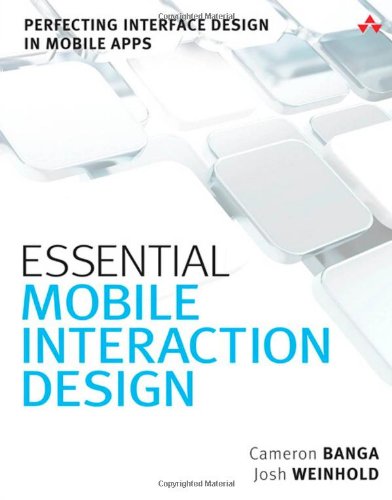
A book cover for Essential Mobile Interaction Design: Perfecting Interface Design in Mobile Apps (Usability); Cameron Banga; Computers & Technology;